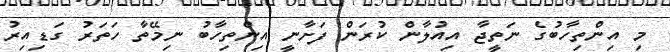
މި އިންތިހާބުގެ ނަތީޖާ އިއުލާން ކުރަން ފަށާނީ އިންތިހާބު ނިމޭތާ ހަތަރު ގަޑިއިރު